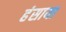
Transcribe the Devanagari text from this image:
हंसाया